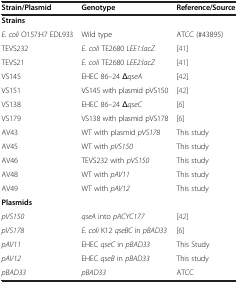
| Strain/Plasmid | Genotype | Reference/Source |
 | --- | --- | --- |
 | Strains |  |  |
 | E. coli O157:H7 EDL933 | Wild type | ATCC (#43895) |
 | TEVS232 | E. coli TE2680 LEE1:lacZ | [41] |
 | TEVS21 | E. coli TE2680 LEE2:lacZ | [41] |
 | VS145 | EHEC 86–24 ΔqseA | [42] |
 | VS151 | VS145 with plasmid pVS150 | [42] |
 | VS138 | EHEC 86–24 ΔqseC | [6] |
 | VS179 | VS138 with plasmid pVS178 | [6] |
 | AV43 | WT with plasmid pVS178 | This study |
 | AV45 | WT with pVS150 | This study |
 | AV46 | TEVS232 with pVS150 | This study |
 | AV48 | WT with pAV11 | This study |
 | AV49 | WT with pAV12 | This study |
 | Plasmids |  |  |
 | pVS150 | qseA into pACYC177 | [42] |
 | pVS178 | E. coli K12 qseBC in pBAD33 | [6] |
 | pAV11 | EHEC qseC in pBAD33 | This Study |
 | pAV12 | EHEC qseB in pBAD33 | This study |
 | pBAD33 | pBAD33 | ATCC |